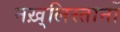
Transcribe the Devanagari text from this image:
नख़्लिस्तानों